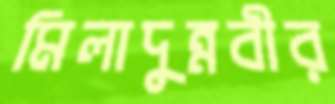
মিলাদুন্নবীর